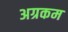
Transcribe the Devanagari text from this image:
अग्रकम